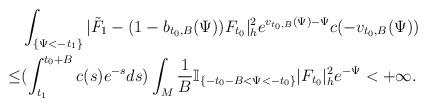
LaTeX: \begin{align*} & \int_{\{\Psi<-t_1\}}|\tilde{F}_1-(1-b_{t_0,B}(\Psi))F_{t_0}|^2_he^{v_{t_0,B}(\Psi)-\Psi}c(-v_{t_0,B}(\Psi)) \\ \le & (\int_{t_1}^{t_0+B}c(s)e^{-s}ds) \int_{M}\frac{1}{B}\mathbb{I}_{\{-t_0-B<\Psi<-t_0\}}|F_{t_0}|^2_he^{-\Psi}<+\infty. \end{align*}